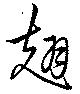
翅